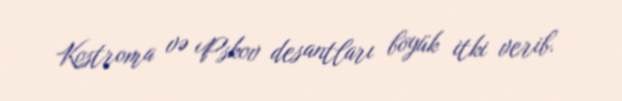
Kostroma və Pskov desantları böyük itki verib.